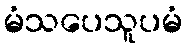
မံသပေသူပမံ